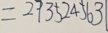
= 2 7 3 5 2 4 5 6 3 1